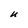
Character: U